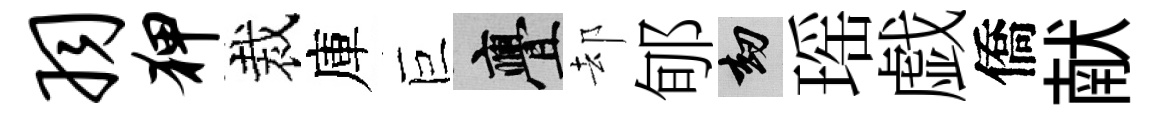
羽狎裁庫巨亹却郇劫瑶戯僑献